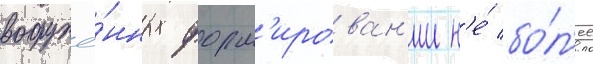
вооружё́нных форм'ирован'ии н'е́ бо́л'ее